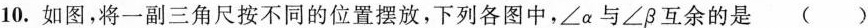
10.如图，将一副三角尺按不同的位置摆放，下列各图中，\angle \alpha与\angle \beta互余的是（）